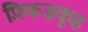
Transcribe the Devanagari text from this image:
फ़िरूज़कूह